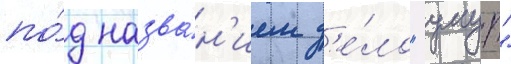
по́д назва́н'ием д'е́ло "умут"